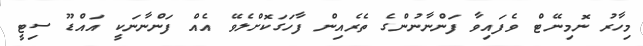
މިހާރު ނޮމިނޭޓް ވެފައިވާ ފަންނާނުންގެ ތެރެއިން ފާހަގަކޮށްލެވޭ އެއް ފަންނާނަކީ އައްޑޫ ސިޓީ